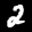
Label: 2